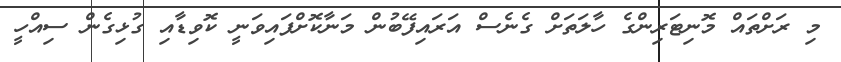
މި ރަށްތައް މޮނިޓަރިންގެ ހާލަތަށް ގެނެސް އަރައިފޭބުން މަނާކޮށްފައިވަނީ ކޮވިޑާއި ގުޅިގެން ސިއްހީ